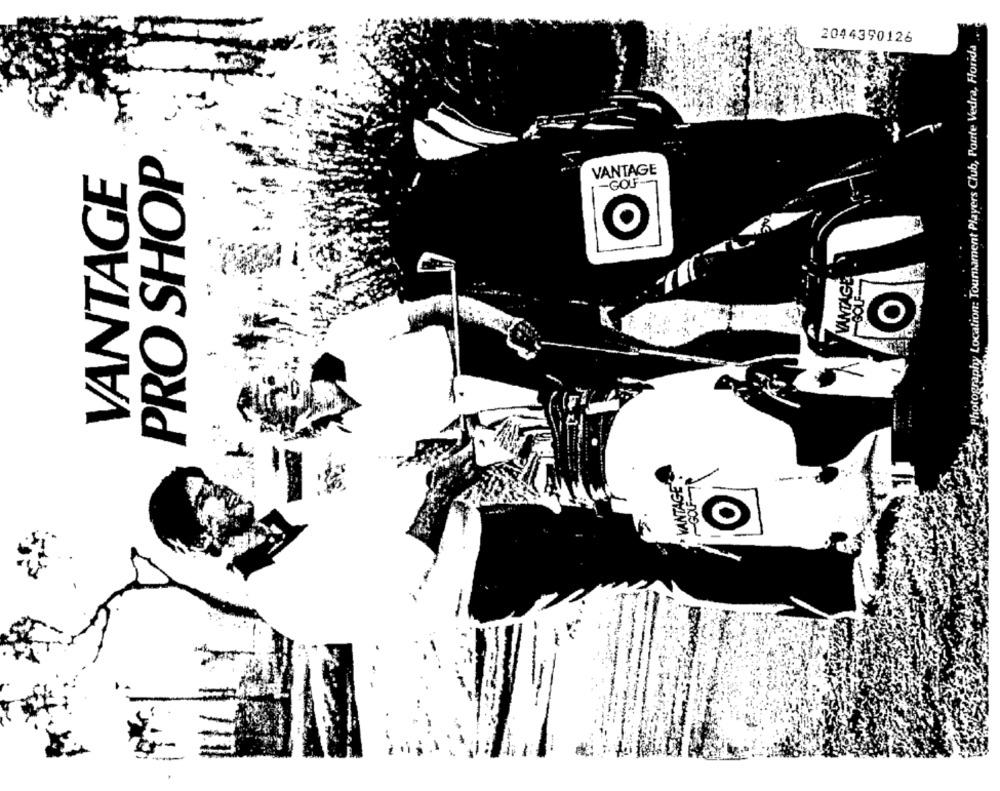
2044390126
Photography Location: Tournament Players Club, Ponte Vedra, Florida
PRO SHOP
VANTAGE
VANTAGE
-GOF-
O
VANTAGE
K
VANTAGE
=